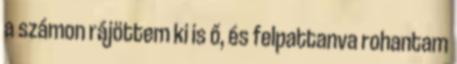
a számon rájöttem ki is ő, és felpattanva rohantam